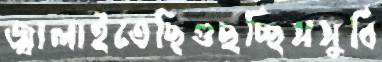
জ্বালাইতেছিগুছচ্ছিসসুবি